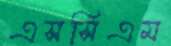
এসসিএম